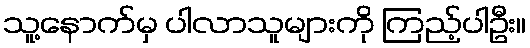
သူ့နောက်မှ ပါလာသူများကို ကြည့်ပါဦး။